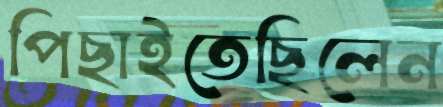
পিছাইতেছিলেন